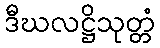
ဒီဃလဋ္ဌိသုတ္တံ